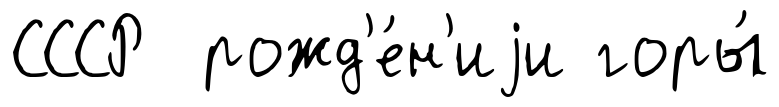
СССР рожд'е́н'иjи горы́